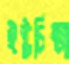
ইষ্টচিন্তা